Leningradi_Edasi_toimetus, lk 95
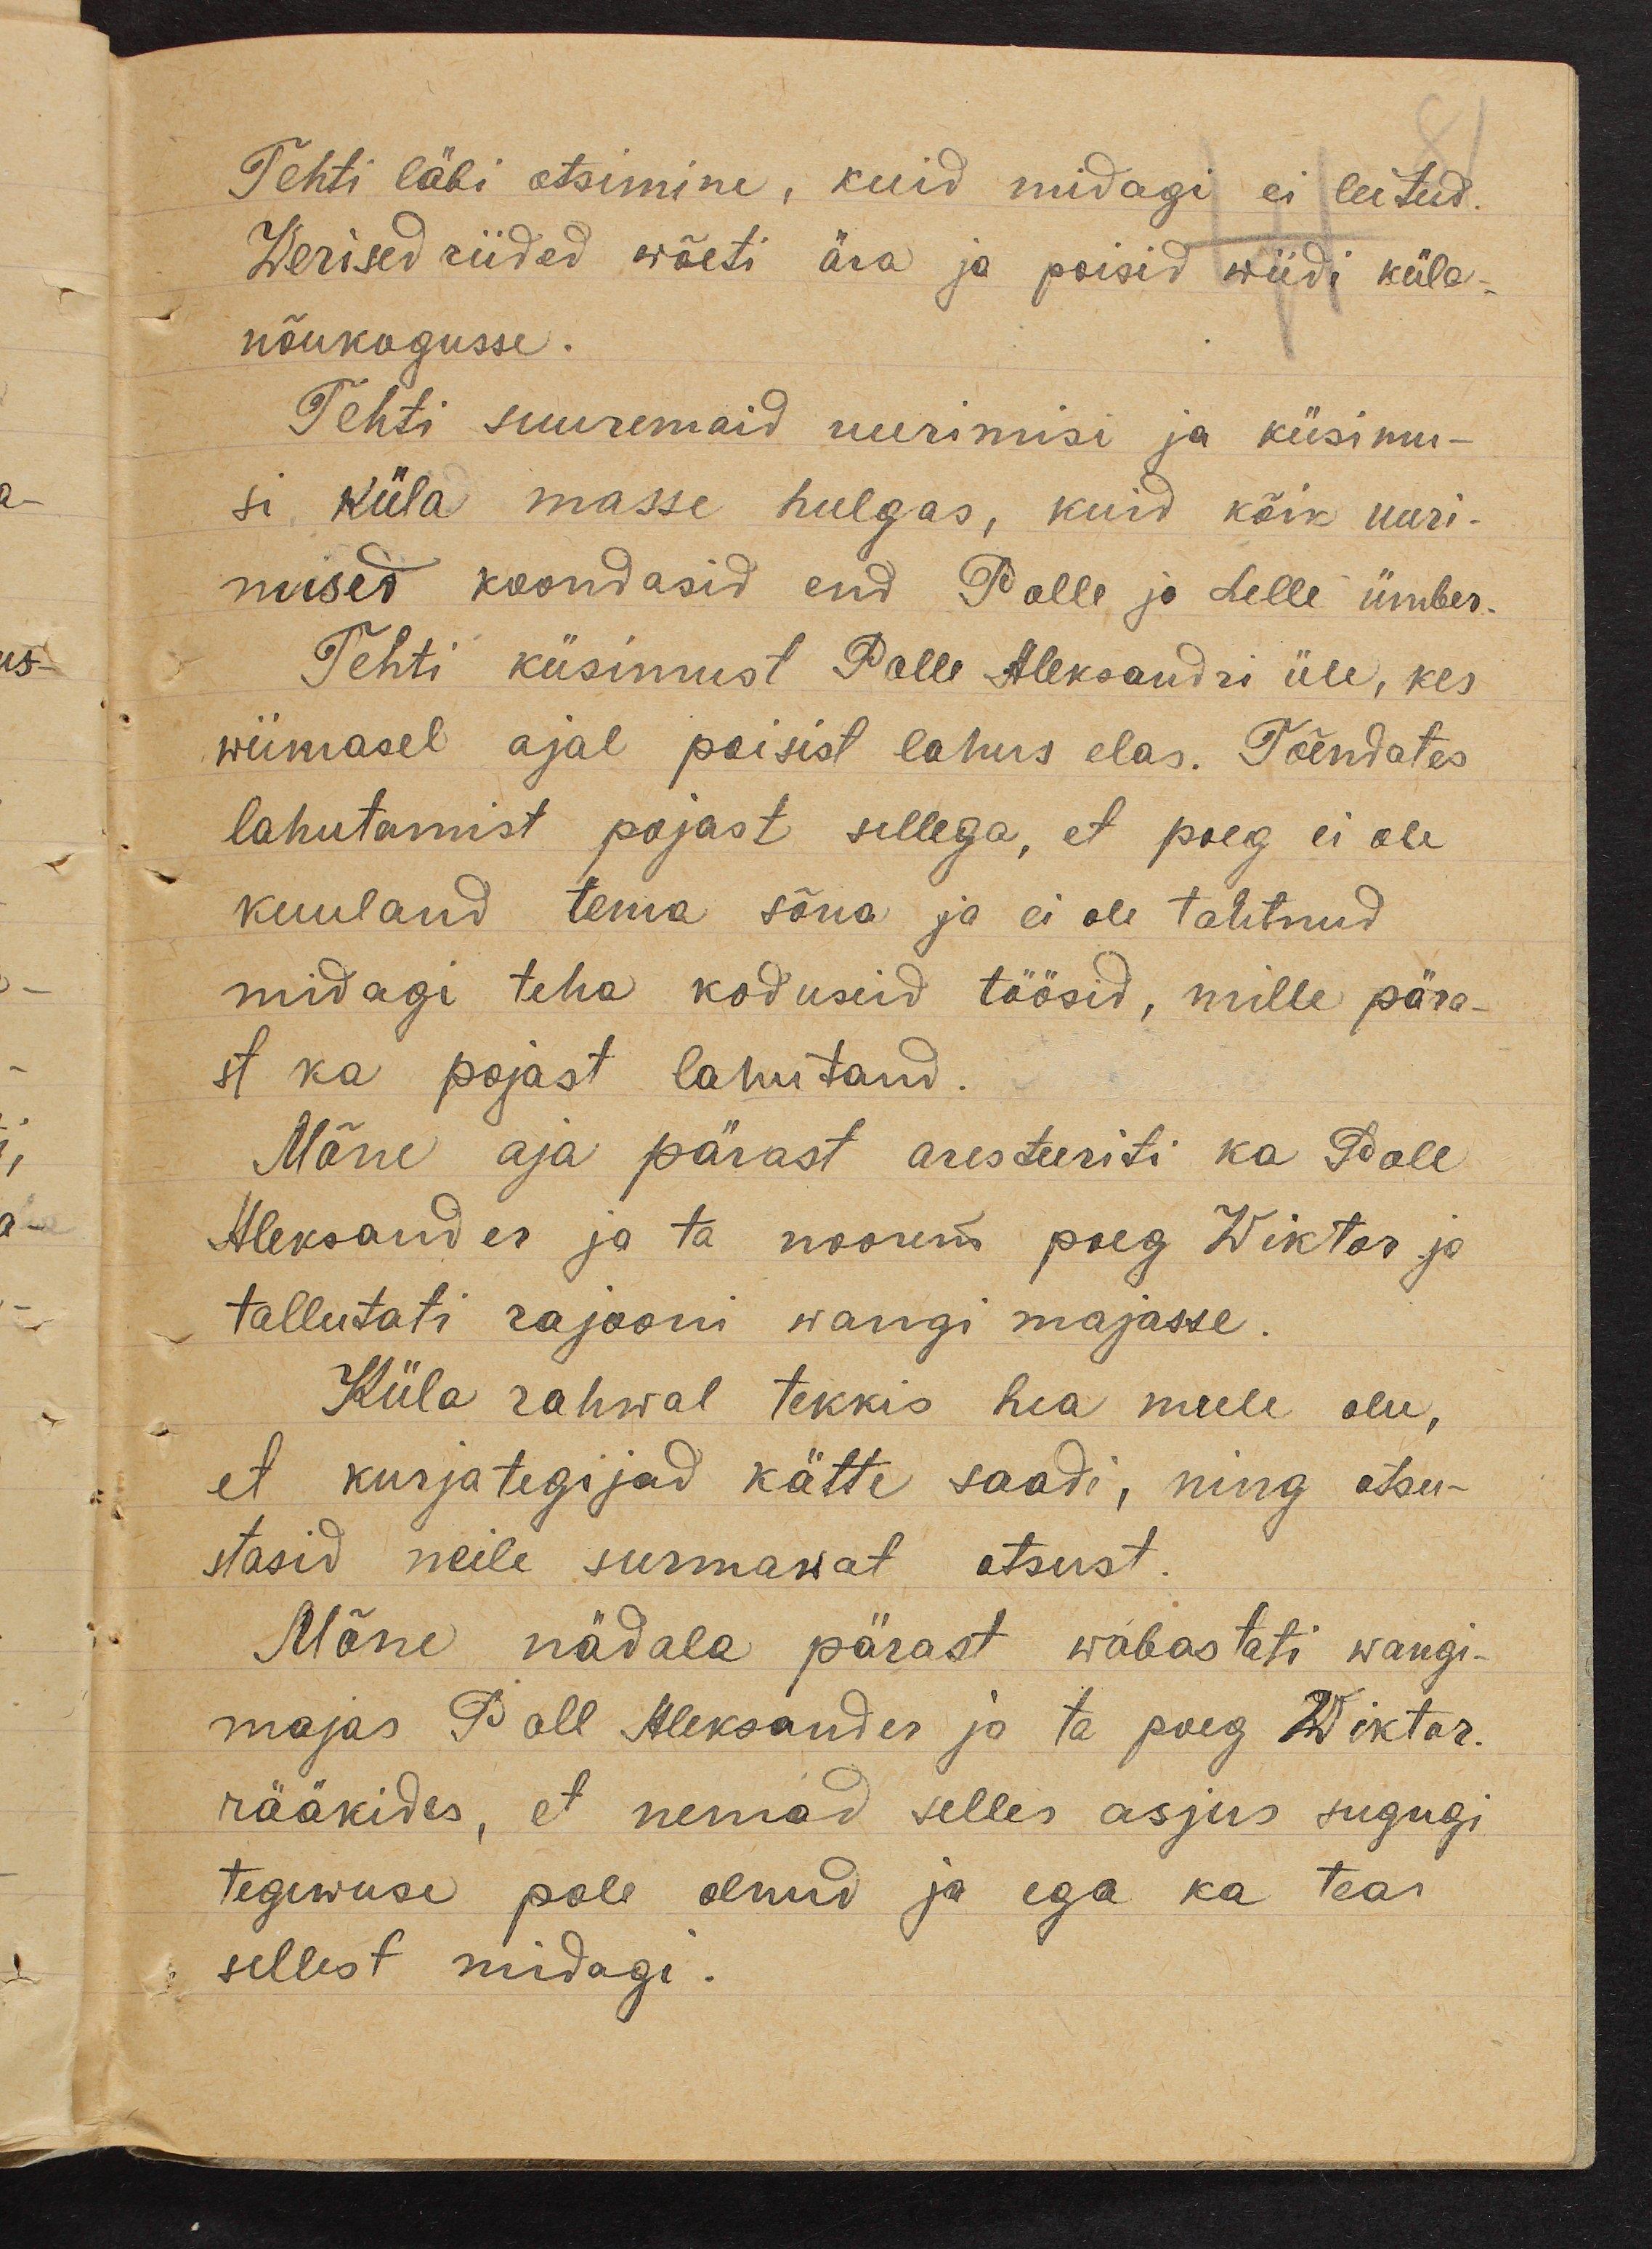
Tehti läbi otsimine, kuid midagi ei leitud.
Werised riided wõeti ära ja poisid wiidi küla-
nõukogusse.
Tehti suuremaid uurimisi ja küsimu-
si küla masse hulgas, kuid kõik uuri-
mised koondasid end Polle ja Lelle ümber.
Tehti küsimust Polle Aleksandri üle, kes
wiimasel ajal poisist lahus elas. Tõendates
lahutamist pojast sellega, et poeg ei ole
kuuland tema sõna ja ei ole tahtnud
midagi teha koduseid töösid, mille pära-
st ka pojast lahutand.
Mõne aja pärast aresteeriti ka Poll
Aleksander ja ta noorem poeg Wiktor ja
tallutati rajooni wangi majasse.
Küla rahwal tekkis hea meele olu,
et kurjategijad kätte saadi, ning otsu-
stasid neile surmawat otsust.
Mõne nädala pärast wabastati wangi-
majas Poll Aleksander ja ta poeg Wiktor.
rääkides, et nemad selles asjus sugugi
tegewuse pole olnud ja ega ka tea
sellest midagi.